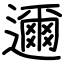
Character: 邇